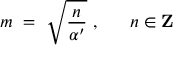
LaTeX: m ~ = ~ \sqrt { { \frac { n } { \alpha ^ { \prime } } } } ~ , ~ ~ ~ ~ ~ n \in { \bf Z }